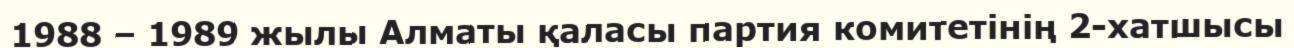
1988 – 1989 жылы Алматы қаласы партия комитетінің 2-хатшысы